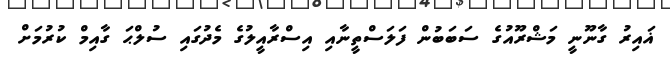
ޣައިރު ގާނޫނީ މަޝްރޫއުގެ ސަބަބުން ފަލަސްތީނާއި އިސްރާއީލުގެ މެދުގައި ސުލްޙަ ގާއިމް ކުރުމަށް